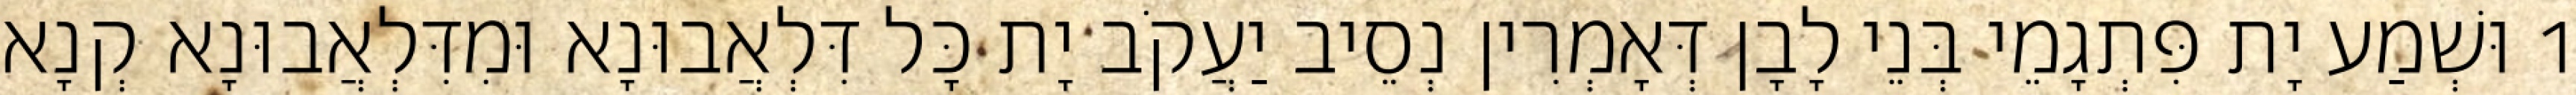
1 וּשְׁמַע יָת פִּתְגָמֵי בְּנֵי לָבָן דְּאָמְרִין נְסֵיב יַעֲקֹב יָת כָּל דִּלְאֲבוּנָא וּמִדִּלְאֲבוּנָא קְנָא